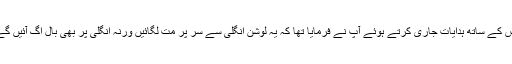
جس کے ساتھ ہدایات جاری کرتے ہوئے آپ نے فرمایا تھا کہ یہ لوشن انگلی سے سر پر مت لگائیں ورنہ انگلی پر بھی بال اُگ آئیں گے ۔